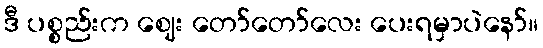
ဒီ ပစ္စည်းက ဈေး တော်တော်လေး ပေးရမှာပဲနော်။